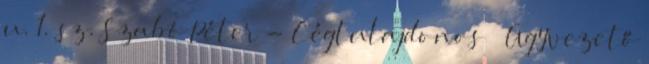
u. 1. sz. Szabó Péter - Cégtulajdonos Ügyvezető